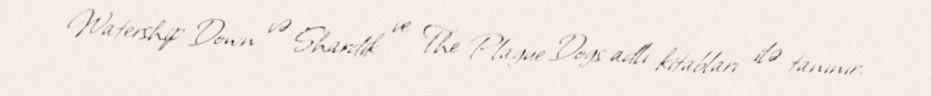
Watership Down və Shardik ve The Plague Dogs adlı kitabları ilə tanınır.